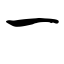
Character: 一